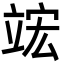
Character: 竤